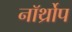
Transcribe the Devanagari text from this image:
नॉर्थ्रोप